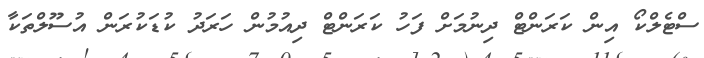
ސްޓެލްކޯ އިން ކަރަންޓް ދިނުމަށް ފަހު ކަރަންޓް ދިއުމުން ހަރަދު ކުޑަކުރަން އުސޫލްތަކާ